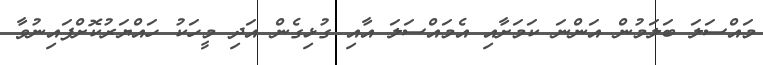
މައްސަލަ ބަލަމުން އަންނަ ކަމަށާއި އެމައްސަލަ އާއި ގުޅިގެން އަދި މީހަކު ހައްޔަރުކޮށްފައިނުވާ